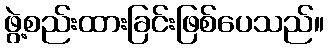
ဖွဲ့စည်းထားခြင်းဖြစ်ပေသည်။